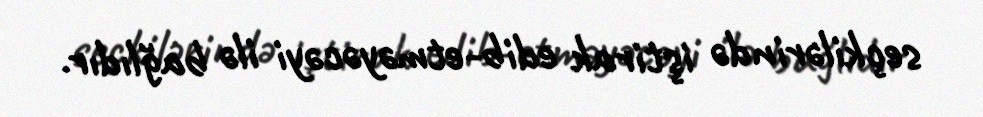
seçkilərində iştirak edib-etməyəcəyi ilə bağlıdır.